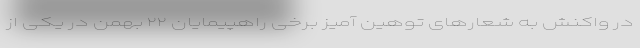
در واکنش به شعارهای توهین آمیز برخی راهپیمایان ۲۲ بهمن در یکی از